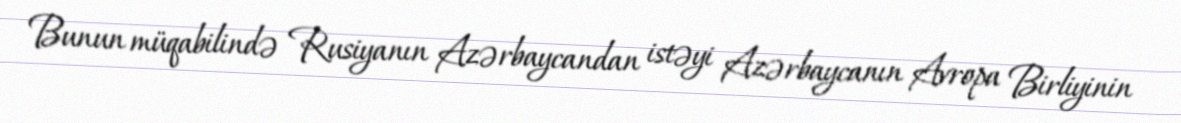
Bunun müqabilində Rusiyanın Azərbaycandan istəyi Azərbaycanın Avropa Birliyinin